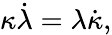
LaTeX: \kappa\dot{\lambda}=\lambda\dot{\kappa},